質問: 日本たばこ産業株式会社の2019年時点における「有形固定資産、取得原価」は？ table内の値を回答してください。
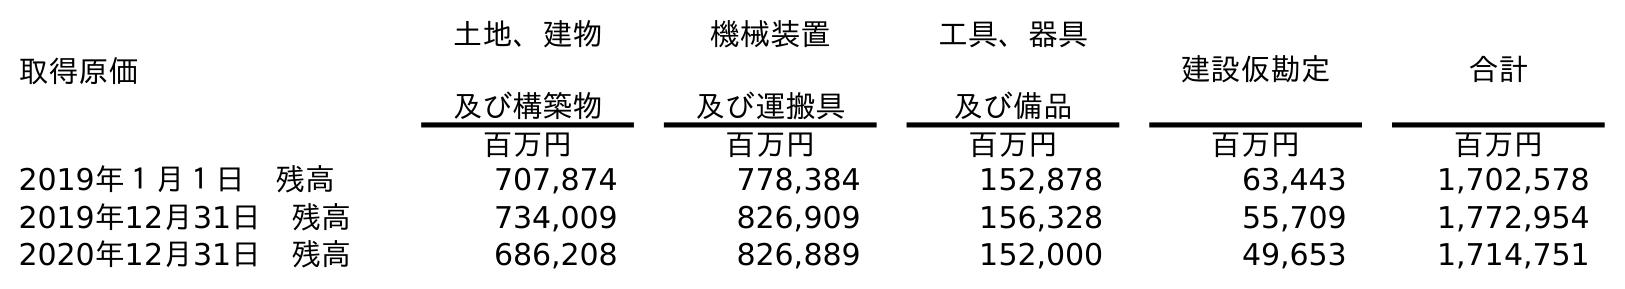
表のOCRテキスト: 取得原価 土地、建物 及び構築物 機械装置 及び運搬具 工具、器具 及び備品 建設仮勘定 合計 百万円 百万円 百万円 百万円 百万円 2019年１月１日 残高 707,874 778,384 152,878 63,443 1,702,578 2019年12月31日 残高 734,009 826,909 156,328 55,709 1,772,954 2020年12月31日 残高 686,208 826,889 152,000 49,653 1,714,751
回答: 1,772,954